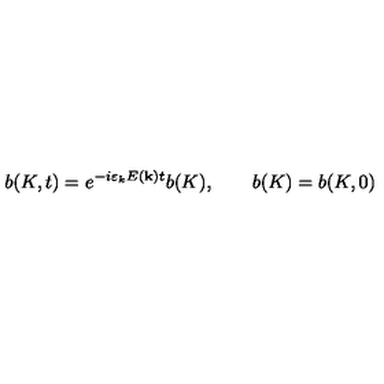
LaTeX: b ( K , t ) = e ^ { - i \varepsilon _ { k } E ( { \bf k } ) t } b ( K ) , \qquad b ( K ) = b ( K , 0 )